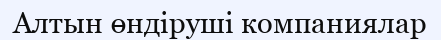
Алтын өндiрушi компаниялар